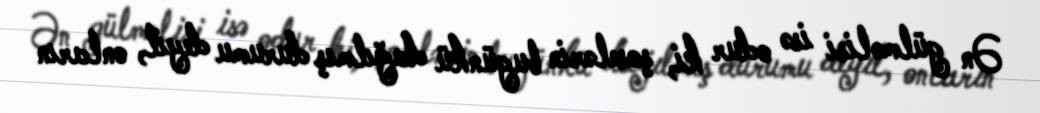
Ən gülməlisi isə odur ki, şoselərin bugünkü dağılmış durumu deyil, onların